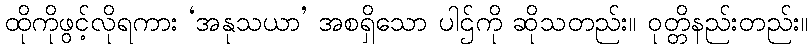
ထိုကိုဖွင့်လိုရကား ‘အနုသယာ’ အစရှိသော ပါဌ်ကို ဆိုသတည်း။ ဝုတ္တိနည်းတည်း။